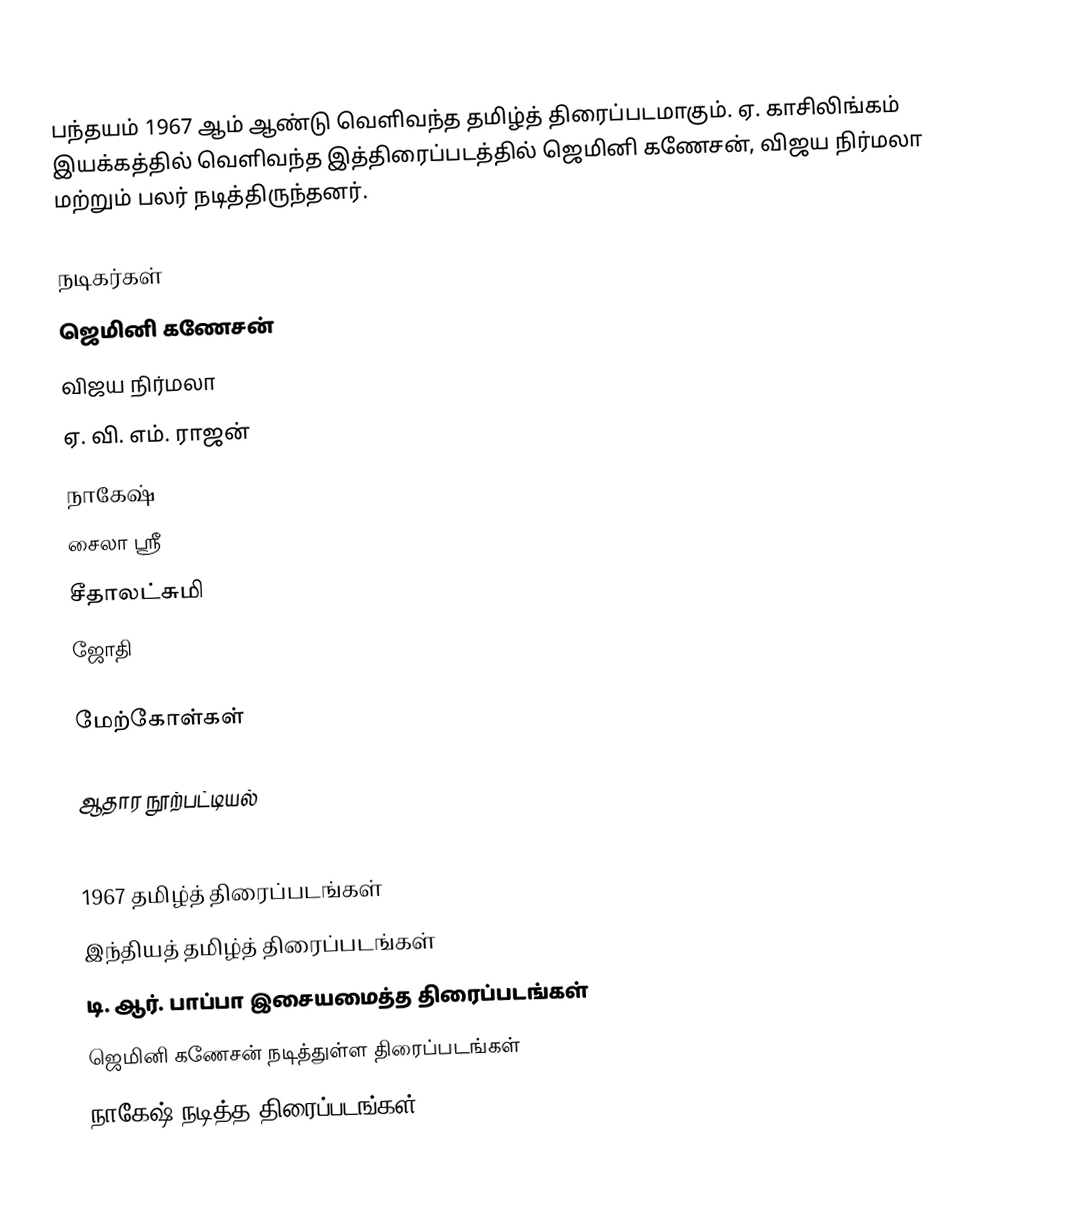
பந்தயம் 1967 ஆம் ஆண்டு வெளிவந்த தமிழ்த் திரைப்படமாகும். ஏ. காசிலிங்கம் இயக்கத்தில் வெளிவந்த இத்திரைப்படத்தில் ஜெமினி கணேசன், விஜய நிர்மலா மற்றும் பலர் நடித்திருந்தனர்.

நடிகர்கள்
 ஜெமினி கணேசன்
 விஜய நிர்மலா
 ஏ. வி. எம். ராஜன்
 நாகேஷ்
 சைலா ஸ்ரீ
 சீதாலட்சுமி
 ஜோதி

மேற்கோள்கள்

ஆதார நூற்பட்டியல்

1967 தமிழ்த் திரைப்படங்கள்
இந்தியத் தமிழ்த் திரைப்படங்கள்
டி. ஆர். பாப்பா இசையமைத்த திரைப்படங்கள்
ஜெமினி கணேசன் நடித்துள்ள திரைப்படங்கள்
நாகேஷ் நடித்த திரைப்படங்கள்